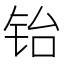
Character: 𬭀